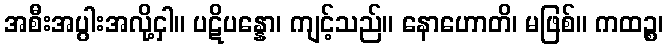
အစီးအပွါးအလို့ငှါ။ ပဋိပန္နော၊ ကျင့်သည်။ နောဟောတိ၊ မဖြစ်။ ကထဉ္စ၊